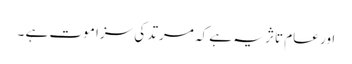
اور عام تاثر یہ ہے کہ مرتد کی سزا موت ہے ۔